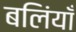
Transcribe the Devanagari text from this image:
बलिंयाँ